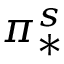
\pi _ { * } ^ { s }